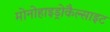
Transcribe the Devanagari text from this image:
मोनोहाइड्रोकैल्साइट